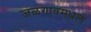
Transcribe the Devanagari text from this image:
जळगावमधलं